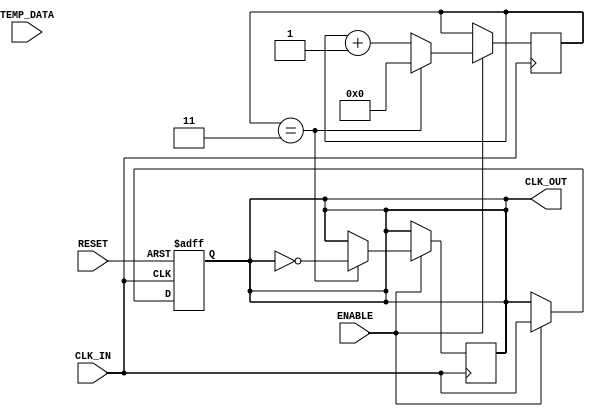
module TempCompClockBuffer (
    input wire CLK_IN,           // Input clock signal
    input wire [7:0] TEMP_DATA,  // Temperature data input (assumed 8-bit for simplicity)
    output reg CLK_OUT,          // Output clock signal
    input wire ENABLE,           // Enable signal for the buffer
    input wire RESET             // Reset signal
);

    // Parameters for temperature compensation
    parameter TEMP_REF = 8'd25; // Reference temperature in degrees Celsius
    parameter TEMP_THRESHOLD = 8'd10; // Threshold for compensation
    parameter CLK_DIV = 4; // Clock divider for output frequency adjustment

    reg [3:0] drive_strength; // Control drive strength based on temperature
    reg [3:0] delay_setting;   // Control delay based on temperature

    // Clock buffer internal logic
    always @(posedge CLK_IN or posedge RESET) begin
        if (RESET) begin
            CLK_OUT <= 1'b0; // Reset output clock
        end else if (ENABLE) begin
            // Adjust drive strength and delay based on temperature
            if (TEMP_DATA < TEMP_REF - TEMP_THRESHOLD) begin
                drive_strength <= 4'b1111; // Max drive strength
                delay_setting <= 4'b0000;   // Min delay
            end else if (TEMP_DATA > TEMP_REF + TEMP_THRESHOLD) begin
                drive_strength <= 4'b0000; // Min drive strength
                delay_setting <= 4'b1111;   // Max delay
            end else begin
                drive_strength <= 4'b1000; // Nominal drive strength
                delay_setting <= 4'b1000;   // Nominal delay
            end
            
            // Generate buffered clock signal with adjusted drive strength and delay
            CLK_OUT <= CLK_IN; // Simple buffer, should be replaced with actual buffer logic
        end
    end

    // Clock output generation with compensation logic
    // A simple clock divider can be used here for demonstration purposes
    reg [CLK_DIV-1:0] clk_div_counter;
    
    always @(posedge CLK_IN) begin
        if (ENABLE) begin
            if (clk_div_counter == (CLK_DIV-1)) begin
                CLK_OUT <= ~CLK_OUT; // Toggle output clock
                clk_div_counter <= 0;  // Reset counter
            end else begin
                clk_div_counter <= clk_div_counter + 1; // Increment counter
            end
        end
    end

endmodule